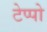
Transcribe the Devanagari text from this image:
टेप्पो